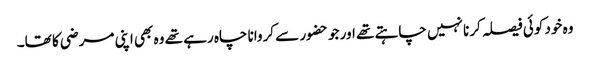
وہ خود کوئی فیصلہ کرنا نہیں چاہتے تھے اور جو حضور سے کروانا چاہ رہے تھے وہ بھی اپنی مرضی کا تھا۔